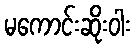
မကောင်းဆိုးဝါး